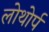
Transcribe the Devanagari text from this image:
लोथोर्प